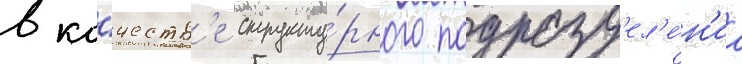
в ка́честв'е структу́рного подразд'ел'е́н'иа